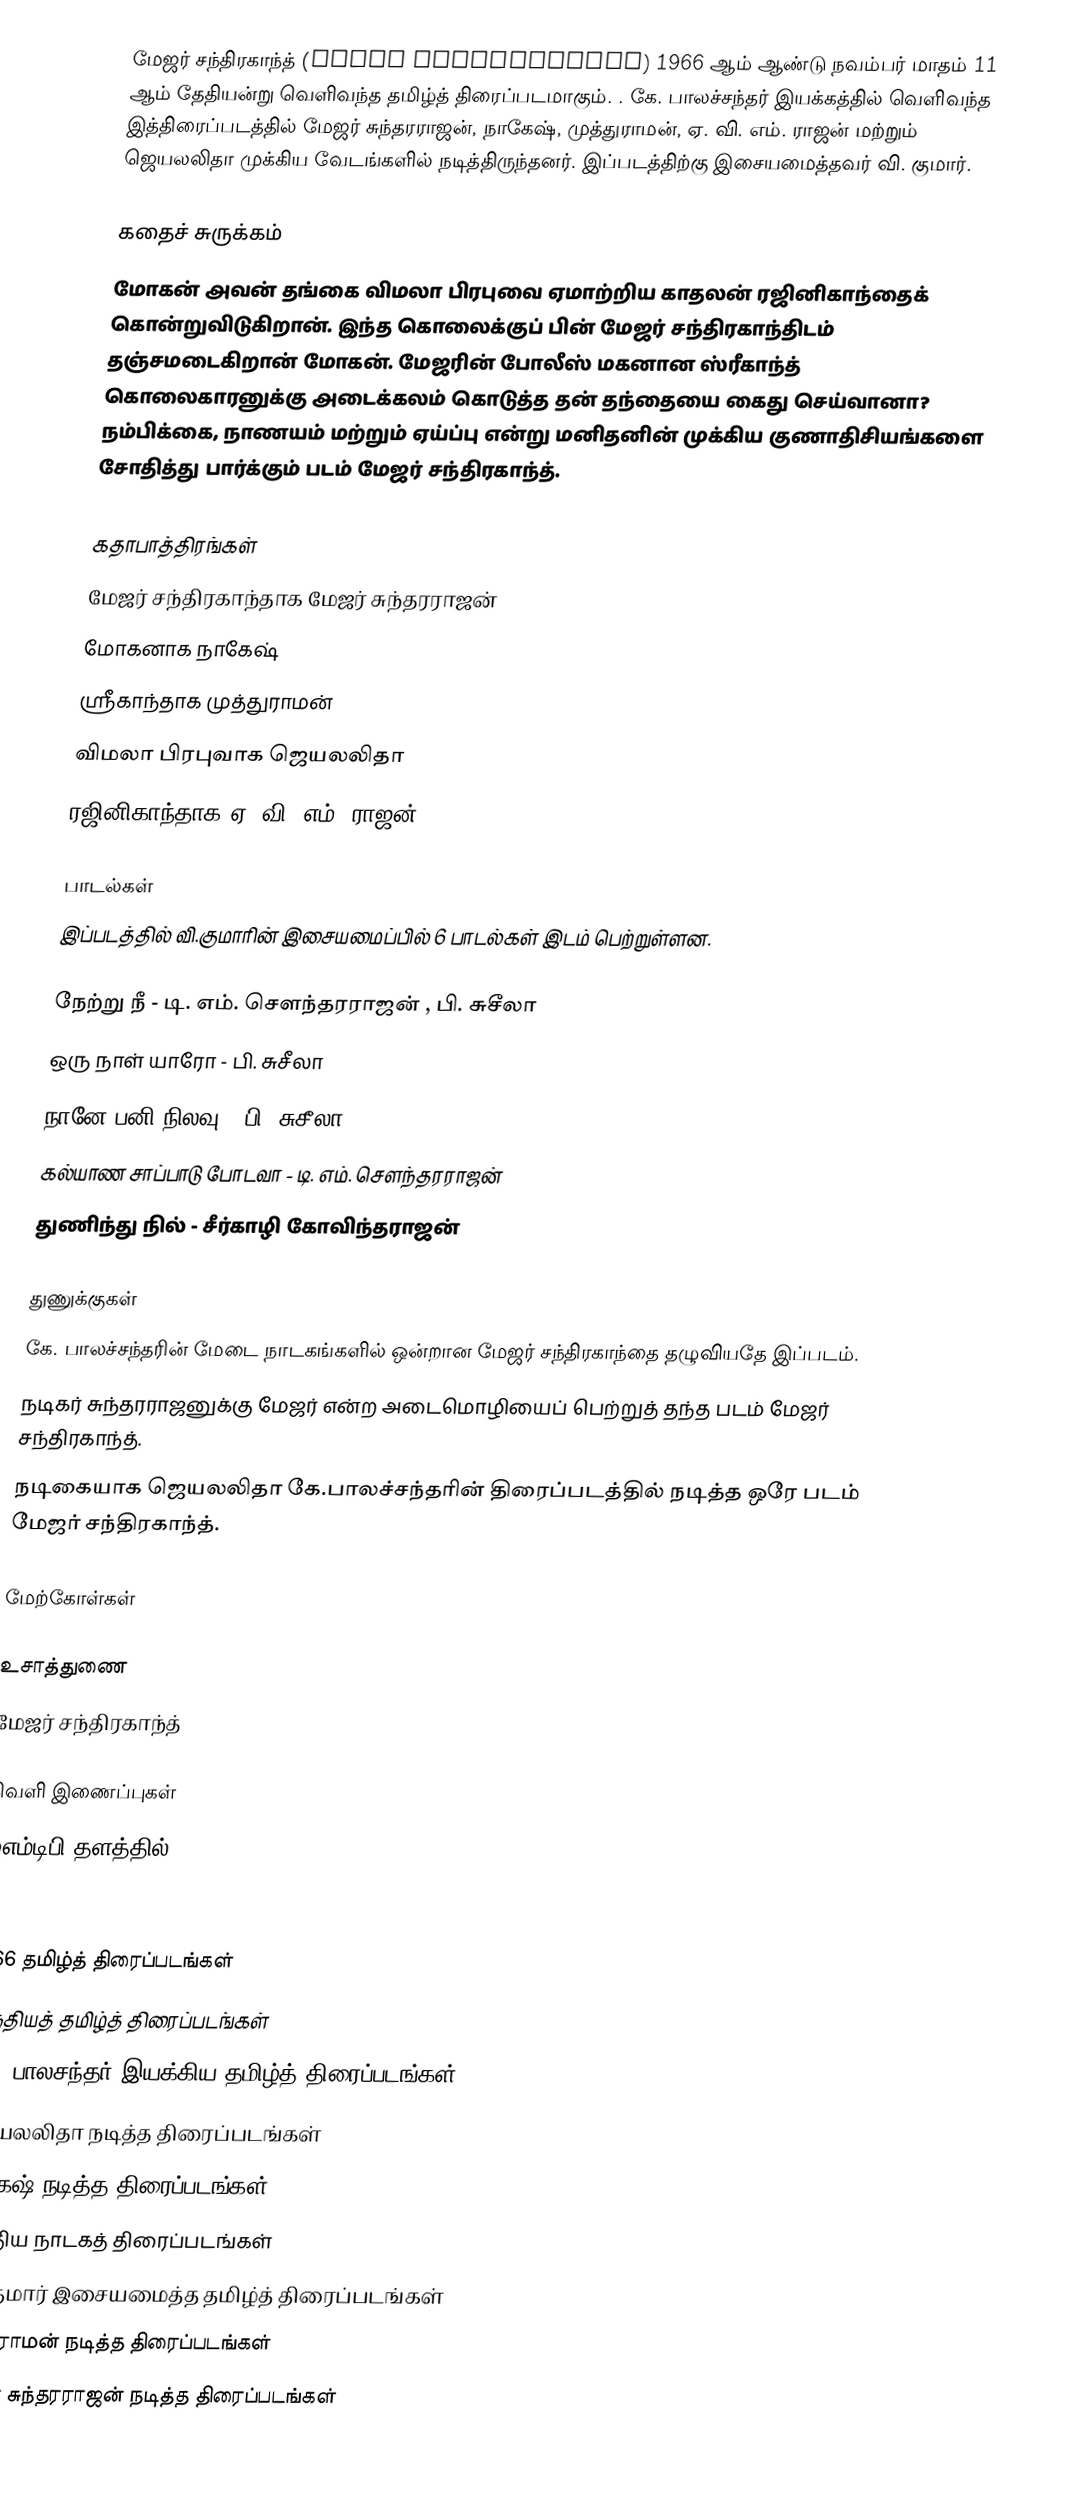
மேஜர் சந்திரகாந்த் (Major Chandrakanth) 1966 ஆம் ஆண்டு நவம்பர் மாதம் 11 ஆம் தேதியன்று  வெளிவந்த தமிழ்த் திரைப்படமாகும். . கே. பாலச்சந்தர் இயக்கத்தில் வெளிவந்த இத்திரைப்படத்தில் மேஜர் சுந்தரராஜன், நாகேஷ், முத்துராமன், ஏ. வி. எம். ராஜன் மற்றும் ஜெயலலிதா முக்கிய வேடங்களில் நடித்திருந்தனர். இப்படத்திற்கு இசையமைத்தவர் வி. குமார்.

கதைச் சுருக்கம்
மோகன் அவன் தங்கை விமலா பிரபுவை ஏமாற்றிய காதலன் ரஜினிகாந்தைக் கொன்றுவிடுகிறான். இந்த கொலைக்குப் பின் மேஜர் சந்திரகாந்திடம் தஞ்சமடைகிறான் மோகன். மேஜரின் போலீஸ் மகனான ஸ்ரீகாந்த் கொலைகாரனுக்கு அடைக்கலம் கொடுத்த தன் தந்தையை கைது செய்வானா? நம்பிக்கை, நாணயம் மற்றும் ஏய்ப்பு என்று மனிதனின் முக்கிய குணாதிசியங்களை சோதித்து பார்க்கும் படம் மேஜர் சந்திரகாந்த்.

கதாபாத்திரங்கள்
 மேஜர் சந்திரகாந்தாக மேஜர் சுந்தரராஜன்
 மோகனாக நாகேஷ்
 ஸ்ரீகாந்தாக முத்துராமன்
 விமலா பிரபுவாக ஜெயலலிதா
 ரஜினிகாந்தாக ஏ. வி. எம். ராஜன்

பாடல்கள்
இப்படத்தில் வி.குமாரின் இசையமைப்பில் 6 பாடல்கள் இடம் பெற்றுள்ளன.

 நேற்று நீ - டி. எம். சௌந்தரராஜன் , பி. சுசீலா
 ஒரு நாள் யாரோ - பி. சுசீலா
 நானே பனி நிலவு - பி. சுசீலா
 கல்யாண சாப்பாடு போடவா - டி. எம். சௌந்தரராஜன்
 துணிந்து நில் - சீர்காழி கோவிந்தராஜன்

துணுக்குகள்
 கே. பாலச்சந்தரின் மேடை நாடகங்களில் ஒன்றான மேஜர் சந்திரகாந்தை தழுவியதே இப்படம்.
 நடிகர் சுந்தரராஜனுக்கு மேஜர் என்ற அடைமொழியைப் பெற்றுத் தந்த படம் மேஜர் சந்திரகாந்த்.
 நடிகையாக ஜெயலலிதா கே.பாலச்சந்தரின் திரைப்படத்தில் நடித்த ஒரே படம் மேஜர் சந்திரகாந்த்.

மேற்கோள்கள்

உசாத்துணை
 மேஜர் சந்திரகாந்த்

வெளி இணைப்புகள்
 ஐஎம்டிபி தளத்தில்

1966 தமிழ்த் திரைப்படங்கள்
இந்தியத் தமிழ்த் திரைப்படங்கள்
கே. பாலசந்தர் இயக்கிய தமிழ்த் திரைப்படங்கள்
ஜெயலலிதா நடித்த திரைப்படங்கள்
நாகேஷ் நடித்த திரைப்படங்கள்
இந்திய நாடகத் திரைப்படங்கள்
வி. குமார் இசையமைத்த தமிழ்த் திரைப்படங்கள்
முத்துராமன் நடித்த திரைப்படங்கள்
மேஜர் சுந்தரராஜன் நடித்த திரைப்படங்கள்